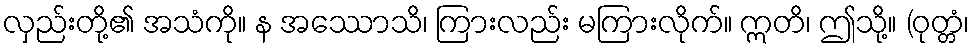
လှည်းတို့၏ အသံကို။ န အဿောသိ၊ ကြားလည်း မကြားလိုက်။ ဣတိ၊ ဤသို့။ (ဝုတ္တံ၊